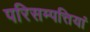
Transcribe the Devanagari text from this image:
परिसम्‍पत्तियां